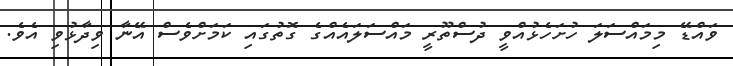
ވައްޑޭ މިމައްސަލަ ހުށަހެޅުއްވީ ދުސްތޫރީ މައްސަލައެއްގެ ގޮތުގައި ކަމަށްވެސް އޭނާ ވިދާޅުވި އެވެ.